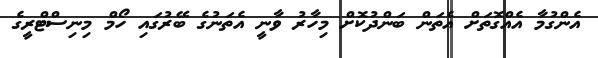
އެންގުމާ އެއްގޮތަށް އެތަން ބަންދުކޮށް މިހާރު ވާނީ އެތަނުގެ ބޭރުގައި ހޯމް މިނިސްޓްރީގެ